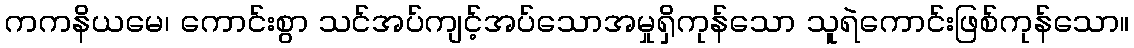
ကကနိယမေ၊ ကောင်းစွာ သင်အပ်ကျင့်အပ်သောအမှုရှိကုန်သော သူရဲကောင်းဖြစ်ကုန်သော။